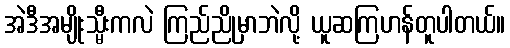
အဲဒီအမျိုးသ္မီးကလဲ ကြည်ညိုမှာဘဲလို့ ယူဆကြဟန်တူပါတယ်။